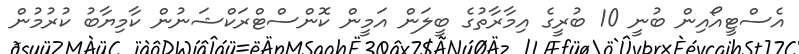
އެސްޓީއޯއިން ބުނީ 10 ބުރީގެ އިމާރާތުގެ ބީލަން އަމީން ކޮންސްޓްރަކްޝަނުން ކާމިޔާބު ކުރުމުން